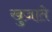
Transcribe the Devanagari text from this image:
खुजाते